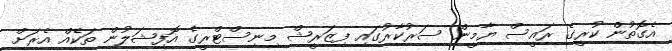
އެގޮތުން ކުރީގެ ރައީސް ޔާމީން ސަރުކާރުގައި ފިޒަރީޝް މިނިސްޓްރީގެ އޮފިޝަލުން ތަކެއް އެރަށް